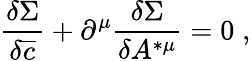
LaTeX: \frac{\delta\Sigma}{\delta\overline{{{c}}}}+\partial^{\mu}\frac{\delta\Sigma}{\delta A^{*\mu}}=0\; ,